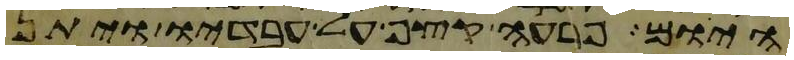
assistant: היום פרעה קצף על עבדיו ויתן